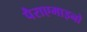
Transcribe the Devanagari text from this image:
पैराएमाइनो